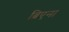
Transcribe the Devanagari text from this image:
ब्रिएना